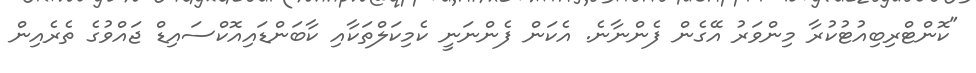
"ކޮންޓްރިބިއުޓުކުރާ މިންވަރު އޭގެން ފެންނާނެ. އެކަން ފެންނަނީ ކެމިކަލްތަކާއި ކާބަންޑައިއޮކްސައިޑް ޖައްވުގެ ތެރެއިން